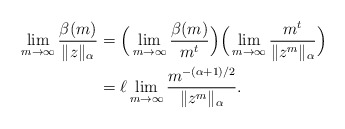
\begin{align*}\lim_{m\to\infty}\dfrac{\beta(m)}{\|z\|_{\alpha}} & = \Big(\lim_{m\to\infty}\dfrac{\beta(m)}{m^{t}}\Big)\Big(\lim_{m\to\infty}\dfrac{m^{t}}{\|z^m\|_{\alpha}}\Big)\\& = \ell\lim_{m\to\infty}\dfrac{m^{-(\alpha+1)/2}}{\|z^m\|_{\alpha}}.\end{align*}